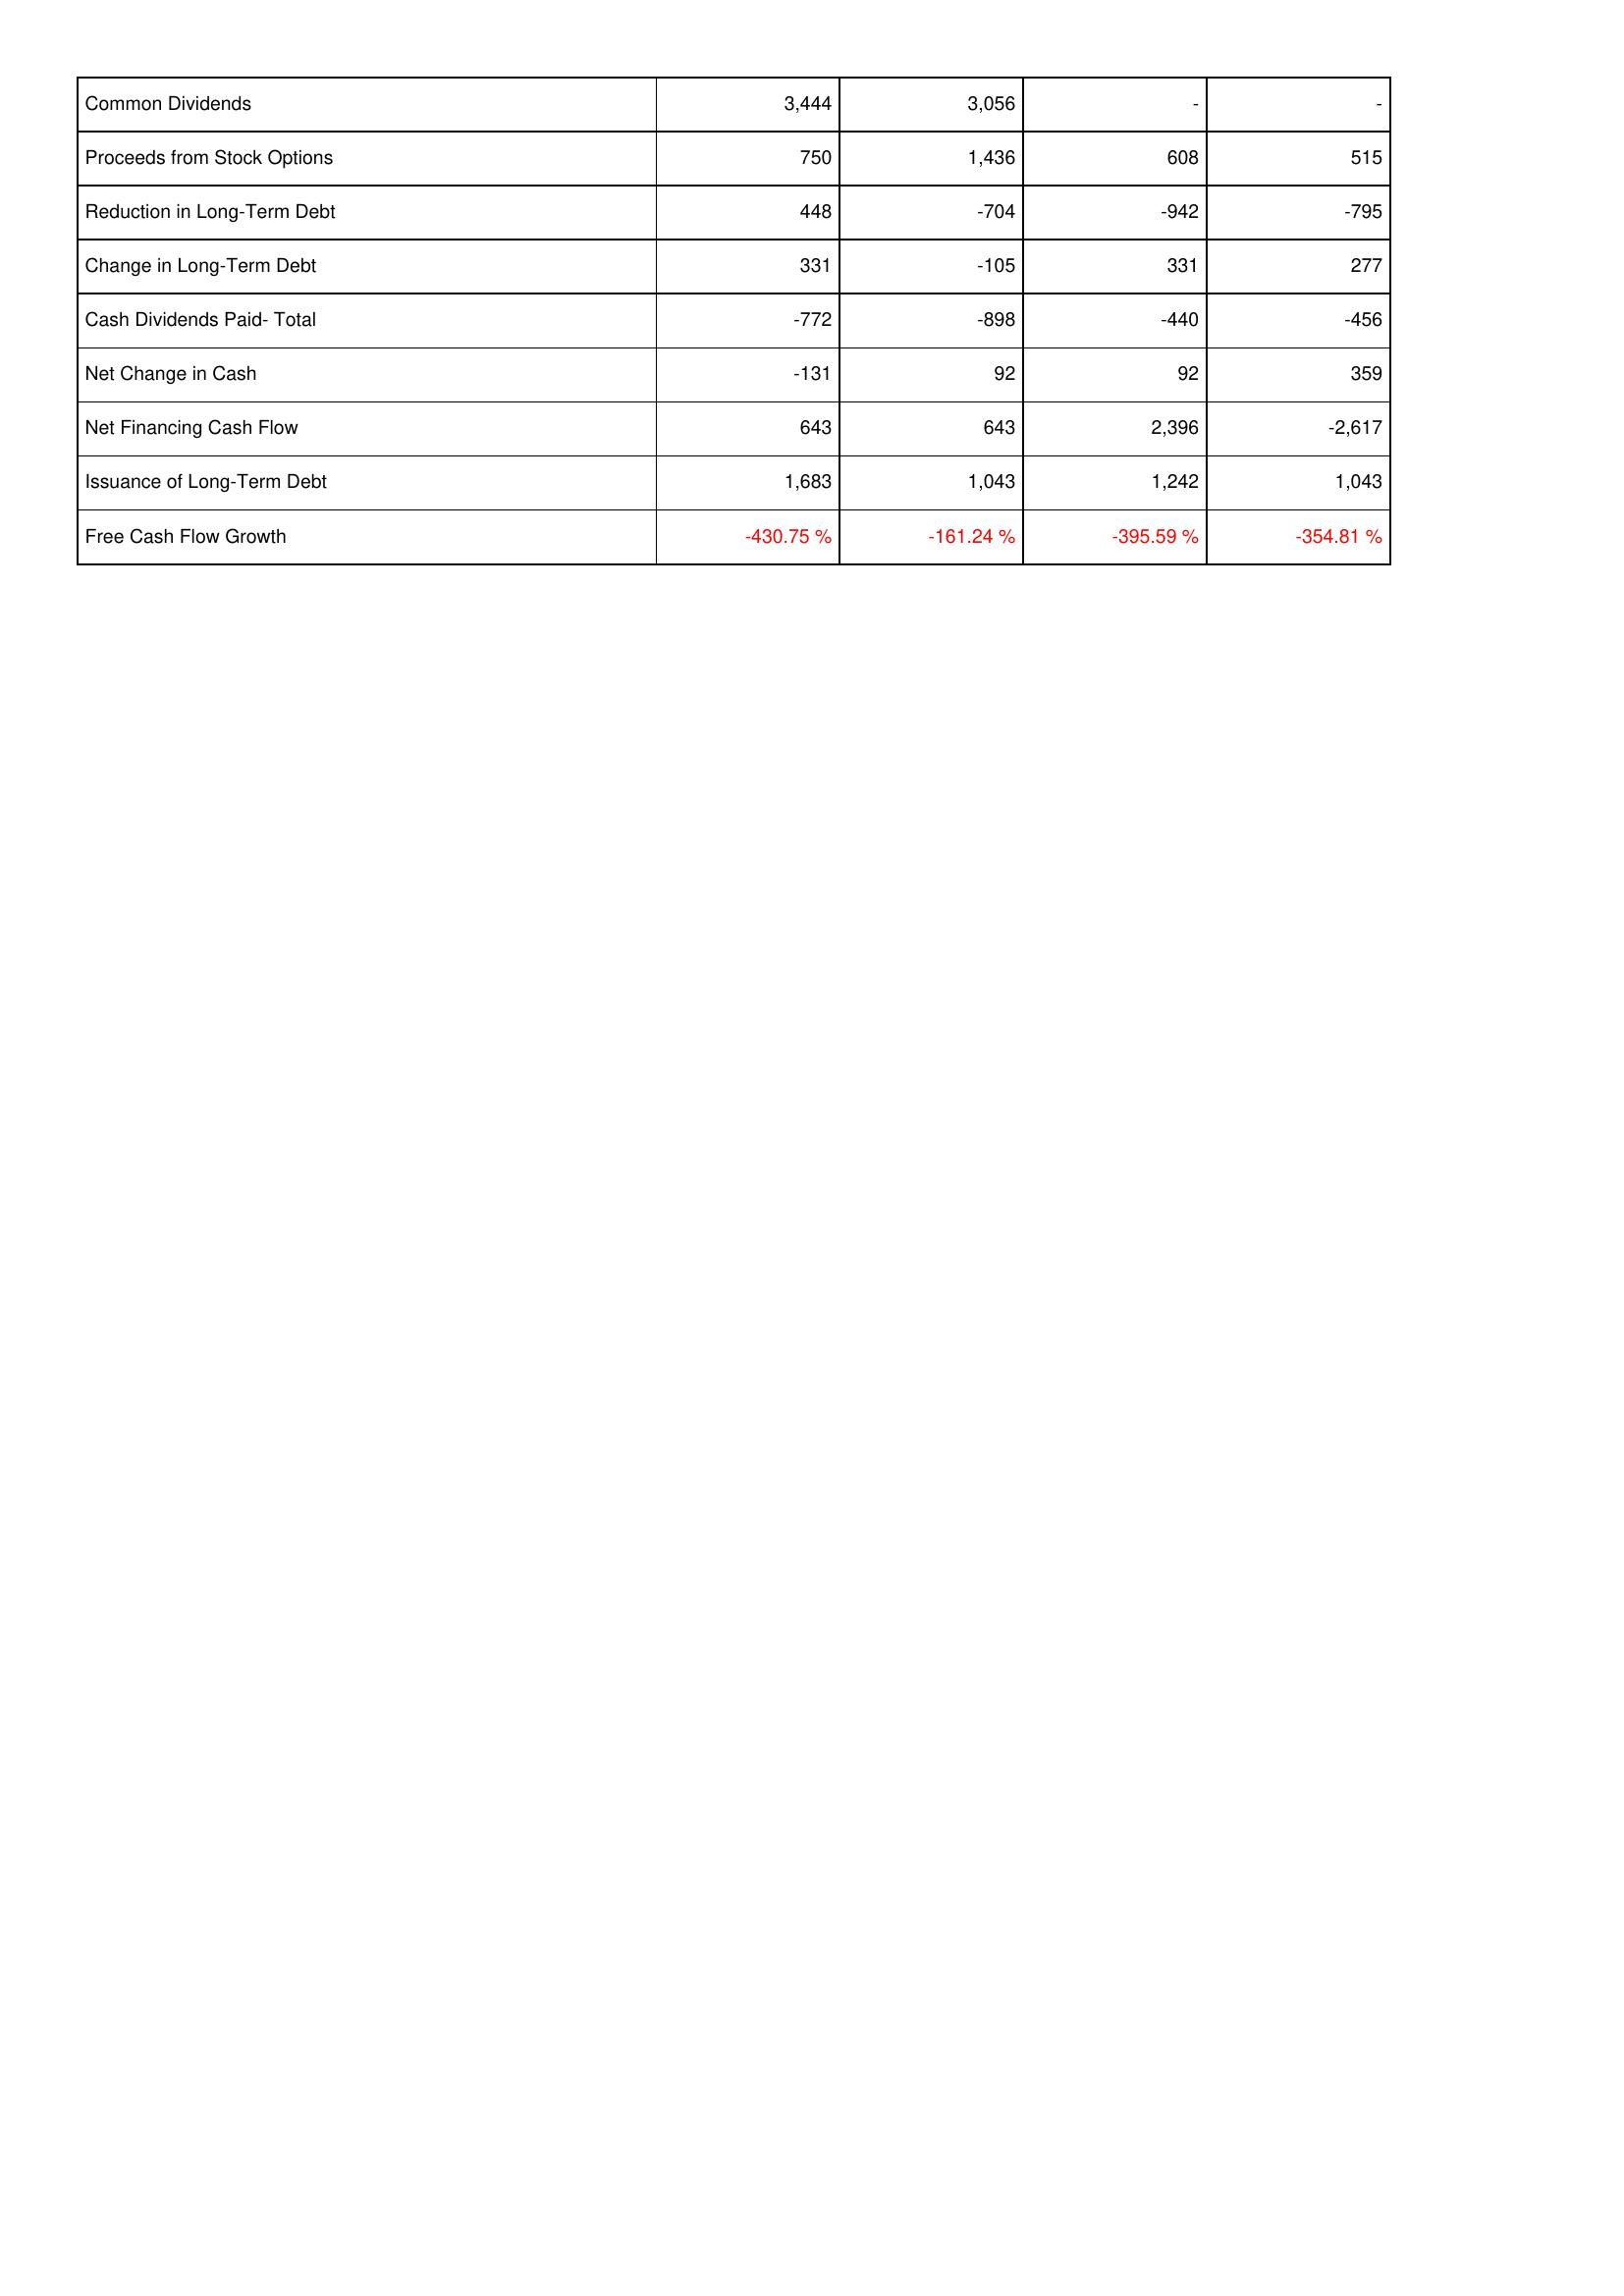
2017: Financing Activities: Common Dividends: 3,444
Proceeds from Stock Options: 750
Reduction in Long-Term Debt: 448
Change in Long-Term Debt: 331
Cash Dividends Paid- Total: -772
Net Change in Cash: -131
Net Financing Cash Flow: 643
Issuance of Long-Term Debt: 1,683
Free Cash Flow Growth: -430.75 %
2016: Financing Activities: Common Dividends: 3,056
Proceeds from Stock Options: 1,436
Reduction in Long-Term Debt: -704
Change in Long-Term Debt: -105
Cash Dividends Paid- Total: -898
Net Change in Cash: 92
Net Financing Cash Flow: 643
Issuance of Long-Term Debt: 1,043
Free Cash Flow Growth: -161.24 %
2015: Financing Activities: Common Dividends: -
Proceeds from Stock Options: 608
Reduction in Long-Term Debt: -942
Change in Long-Term Debt: 331
Cash Dividends Paid- Total: -440
Net Change in Cash: 92
Net Financing Cash Flow: 2,396
Issuance of Long-Term Debt: 1,242
Free Cash Flow Growth: -395.59 %
2014: Financing Activities: Common Dividends: -
Proceeds from Stock Options: 515
Reduction in Long-Term Debt: -795
Change in Long-Term Debt: 277
Cash Dividends Paid- Total: -456
Net Change in Cash: 359
Net Financing Cash Flow: -2,617
Issuance of Long-Term Debt: 1,043
Free Cash Flow Growth: -354.81 %